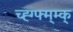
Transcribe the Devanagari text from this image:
च्ह्ग्फ्म्म्क्